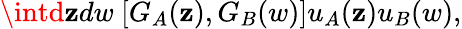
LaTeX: \intd\mathbf{z}dw\ [G_{A}(\mathbf{z}),G_{B}(w)]u_{A}(\mathbf{z})u_{B}(w),